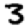
Digit: 3